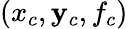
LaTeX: (x_{c},\mathbf{y}_{c},f_{c})